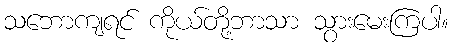
သဘောကျရင် ကိုယ်တို့ဘာသာ သွားမေးကြပါ။